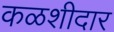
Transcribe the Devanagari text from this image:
कळशीदार